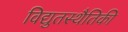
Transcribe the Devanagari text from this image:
विद्युतस्थैतिकी